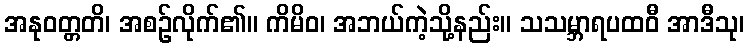
အနုဝတ္တတိ၊ အစဉ်လိုက်၏။ ကိမိဝ၊ အဘယ်ကဲ့သို့နည်း။ သသမ္ဘာရပထဝီ အာဒီသု၊